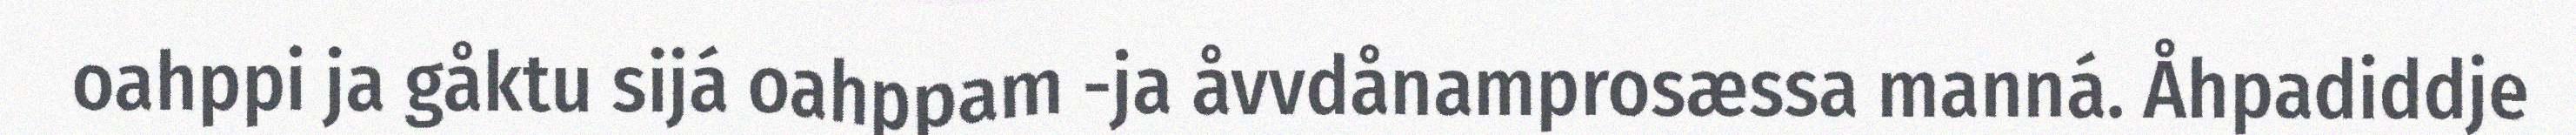
oahppi ja gåktu sijá oahppam -ja åvvdånamprosæssa manná. Åhpadiddje